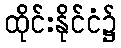
ထိုင်းနိုင်ငံ၌